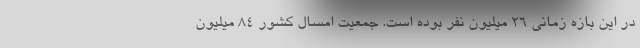
در این بازه زمانی ۲۶ میلیون نفر بوده است. جمعیت امسال کشور ۸۴ میلیون